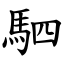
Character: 駟